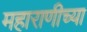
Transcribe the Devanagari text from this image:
महाराणीच्या